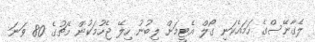
ލެގާނޭސްގެ ހަމައެކަނި ގޯލް އެޓީމަށް ލިބުނު ހިލޭ ޖެހުމަކުން މެޗުގެ 80 ވަނަ